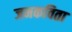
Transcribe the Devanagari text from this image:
जनकविता